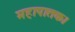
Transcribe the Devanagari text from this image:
महापातक।